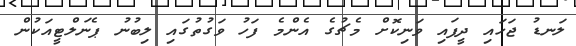
ލަނޑު ޖަހައި ދީފައި ވަނިކޮށް މެޗުގެ އެންމެ ފަހު ވަގުތުގައި ލިބުނު ޕެނަލްޓީއަކުން